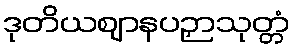
ဒုတိယဈာနပဉှာသုတ္တံ